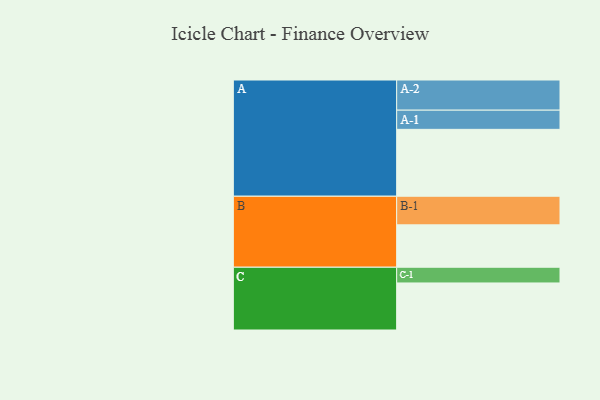
{"axis": {"x": "Segment", "y": "Value"}, "legend": ["", "A", "B", "C"], "data": [{"x": "A", "y": 519, "type": ""}, {"x": "B", "y": 329, "type": ""}, {"x": "C", "y": 365, "type": ""}, {"x": "A-1", "y": 149, "type": "A"}, {"x": "A-2", "y": 234, "type": "A"}, {"x": "B-1", "y": 222, "type": "B"}, {"x": "C-1", "y": 122, "type": "C"}]}